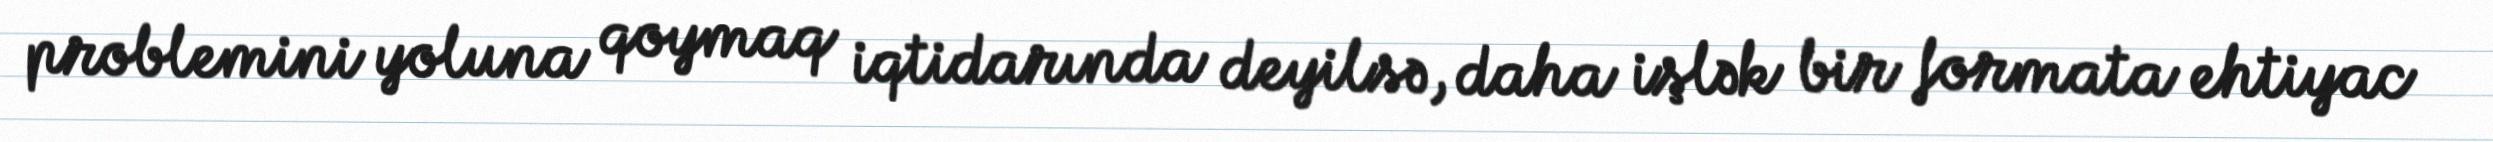
problemini yoluna qoymaq iqtidarında deyilsə, daha işlək bir formata ehtiyac